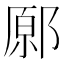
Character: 𨝂